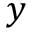
y